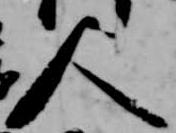
人